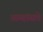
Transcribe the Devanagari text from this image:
आम्हांसवे